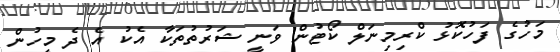
މަހުގެ ފަހުކޮޅު ކްރިމިނަލް ކޯޓުން ވަނީ ޝަރުތުތަކާ އެކު އެ ދެ މީހުން